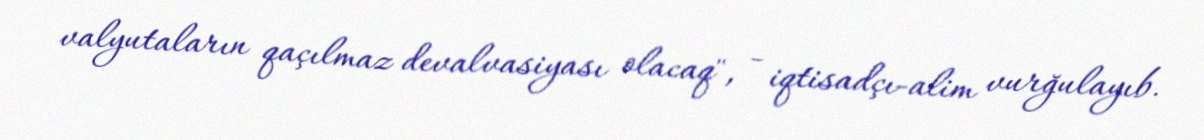
valyutaların qaçılmaz devalvasiyası olacaq", - iqtisadçı-alim vurğulayıb.